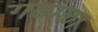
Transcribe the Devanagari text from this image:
गढाळा